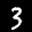
Label: 3